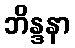
ဘိန္ဒနာ